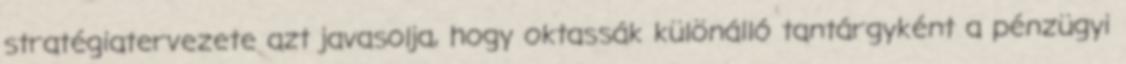
stratégiatervezete azt javasolja, hogy oktassák különálló tantárgyként a pénzügyi